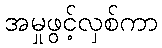
အမှုဖွင့်လှစ်ကာ